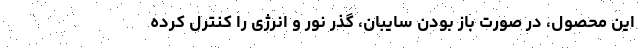
این محصول، در صورت باز بودن سایبان، گذر نور و انرژی را کنترل کرده